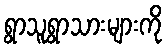
ရွာသူရွာသားများကို